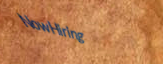
NowHiring